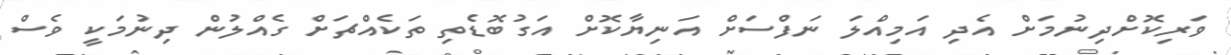
ވަރިކޮށްދިނުމަށް އެދި އަމިއްލަ ނަފްސަށް އަނިޔާކޮށް އަގުބޮޑެތި ތަކެއްޗަށް ގެއްލުން ދިނުމަކީ ވެސް